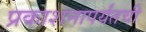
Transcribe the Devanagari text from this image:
प्रकाशनापर्यंतची